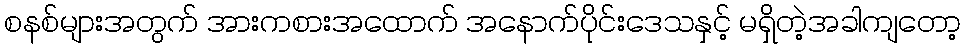
စနစ်များအတွက် အားကစားအထောက် အနောက်ပိုင်းဒေသနှင့် မရှိတဲ့အခါကျတော့